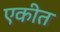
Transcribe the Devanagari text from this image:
एकीत